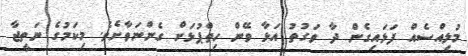
މުލިއްސެއް ފަޅައިގެން ދާ ވަގުތު އަޅާ ވޭން ހިތްޕުޅަށް ގެންނަވާށެވެ. މިކަމުގެ ނަތީޖާ